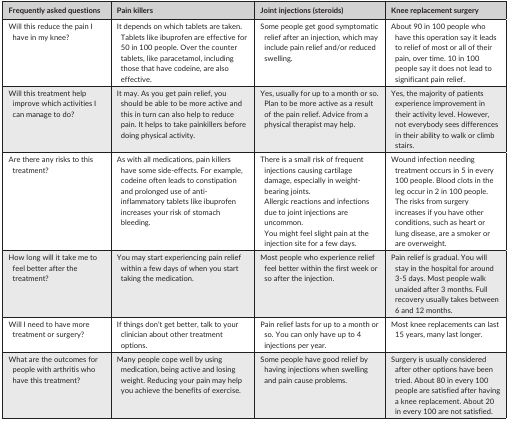
<table><thead><tr><td><b>Frequently asked questions</b></td><td><b>Pain killers</b></td><td><b>Joint injections (steroids)</b></td><td><b>Knee replacement surgery</b></td></tr></thead><tbody><tr><td>Will this reduce the pain I have in my knee?</td><td>It depends on which tablets are taken. Tablets like ibuprofen are effective for 50 in 100 people. Over the counter tablets, like paracetamol, including those that have codeine, are also effective.</td><td>Some people get good symptomatic relief after an injection, which may include pain relief and/or reduced swelling.</td><td>About 90 in 100 people who have this operation say it leads to relief of most or all of their pain, over time. 10 in 100 people say it does not lead to significant pain relief.</td></tr><tr><td>Will this treatment help improve which activities I can manage to do?</td><td>It may. As you get pain relief, you should be able to be more active and this in turn can also help to reduce pain. It helps to take painkillers before doing physical activity.</td><td>Yes, usually for up to a month or so. Plan to be more active as a result of the pain relief. Advice from a physical therapist may help.</td><td>Yes, the majority of patients experience improvement in their activity level. However, not everybody sees differences in their ability to walk or climb stairs.</td></tr><tr><td>Are there any risks to this treatment?</td><td>As with all medications, pain killers have some side‐effects. For example, codeine often leads to constipation and prolonged use of anti‐inflammatory tablets like ibuprofen increases your risk of stomach bleeding.</td><td>There is a small risk of frequent injections causing cartilage damage, especially in weight‐bearing joints.Allergic reactions and infections due to joint injections are uncommon.You might feel slight pain at the injection site for a few days.</td><td>Wound infection needing treatment occurs in 5 in every 100 people. Blood clots in the leg occur in 2 in 100 people.The risks from surgery increases if you have other conditions, such as heart or lung disease, are a smoker or are overweight.</td></tr><tr><td>How long will it take me to feel better after the treatment?</td><td>You may start experiencing pain relief within a few days of when you start taking the medication.</td><td>Most people who experience relief feel better within the first week or so after the injection.</td><td>Pain relief is gradual. You will stay in the hospital for around 3‐5 days. Most people walk unaided after 3 months. Full recovery usually takes between 6 and 12 months.</td></tr><tr><td>Will I need to have more treatment or surgery?</td><td>If things don&#x27;t get better, talk to your clinician about other treatment options.</td><td>Pain relief lasts for up to a month or so. You can only have up to 4 injections per year.</td><td>Most knee replacements can last 15 years, many last longer.</td></tr><tr><td>What are the outcomes for people with arthritis who have this treatment?</td><td>Many people cope well by using medication, being active and losing weight. Reducing your pain may help you achieve the benefits of exercise.</td><td>Some people have good relief by having injections when swelling and pain cause problems.</td><td>Surgery is usually considered after other options have been tried. About 80 in every 100 people are satisfied after having a knee replacement. About 20 in every 100 are not satisfied.</td></tr></tbody></table>